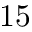
1 5